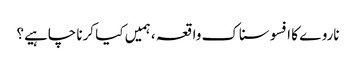
ناروے کا افسوسناک واقعہ ، ہمیں کیا کرنا چاہیے؟